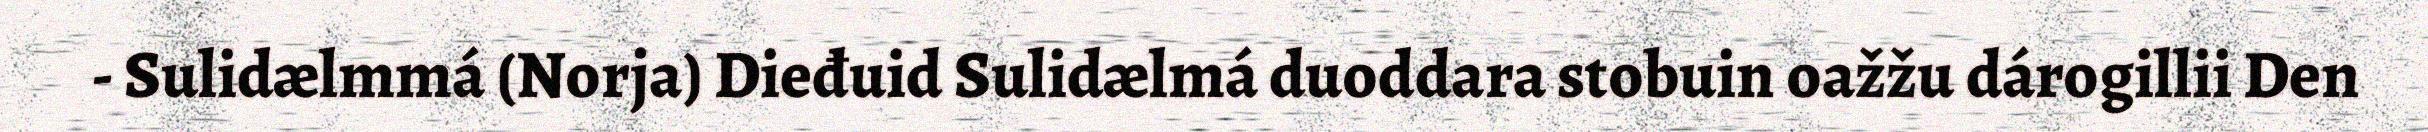
- Sulidælmmá (Norja) Dieđuid Sulidælmá duoddara stobuin oažžu dárogillii Den